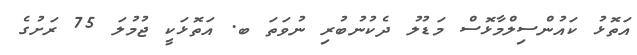
އަތޮޅު ކައުންސިލްމާޅޮސް މަޑުލު ދެކުނުބުރި ނުވަތަ ބ. އަތޮޅަކީ ޖުމުލަ 75 ރަށުގެ